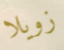
زويلا